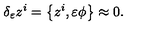
\delta _ { \varepsilon } z ^ { i } = \left\{ z ^ { i } , \varepsilon \phi \right\} \approx 0 .